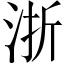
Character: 浙